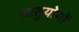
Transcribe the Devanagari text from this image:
धातुयोगों